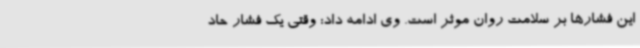
این فشارها بر سلامت روان موثر است. وی ادامه داد: وقتی یک فشار حاد